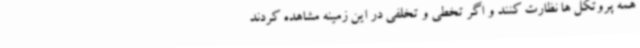
همه پروتکل ها نظارت کنند و اگر تخطی و تخلفی در این زمینه مشاهده کردند